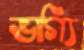
ভাগ্যি